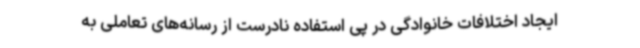
ایجاد اختلافات خانوادگی در پی استفاده نادرست از رسانه‌های تعاملی به